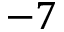
- 7